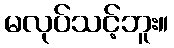
မလုပ်သင့်ဘူး။